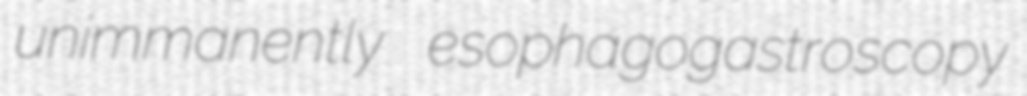
unimmanently esophagogastroscopy